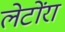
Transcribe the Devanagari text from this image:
लेटोंरा